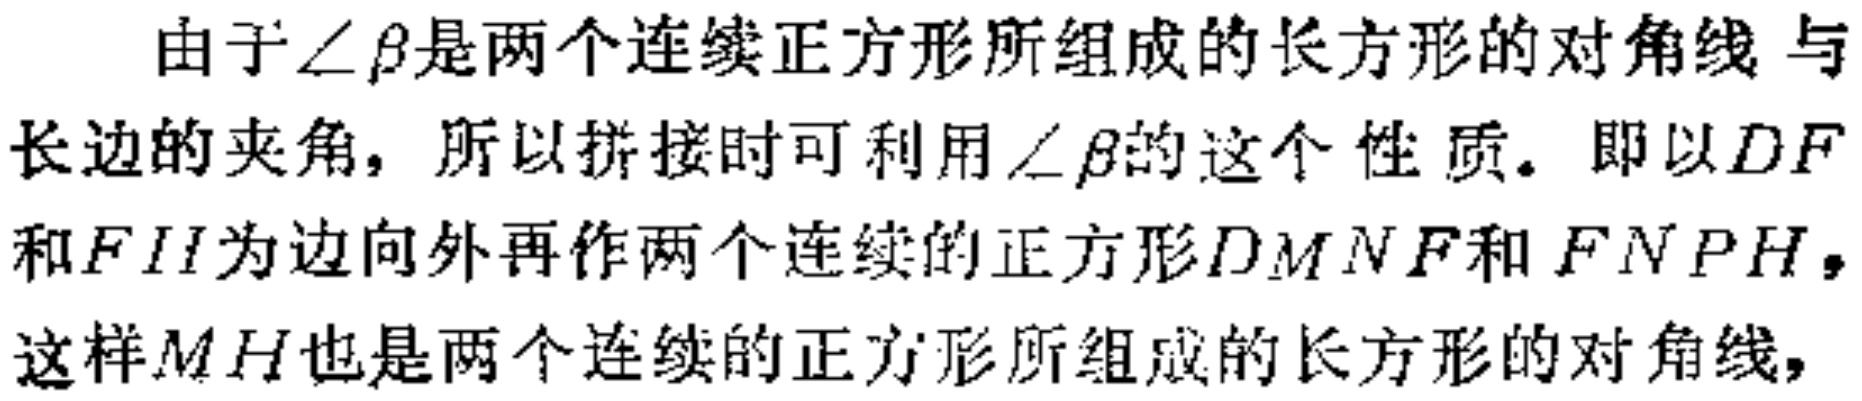
由于$\angle \beta$是两个连续正方形所组成的长方形的对角线 与长边的夹角，所以拼接时可利用$\angle \beta$的这个性质。即以$DF$和$FH$为边向外再作两个连续的正方形$DMNF$和$FNPH$，这样$MH$也是两个连续的正方形所组成的长方形的对角线，